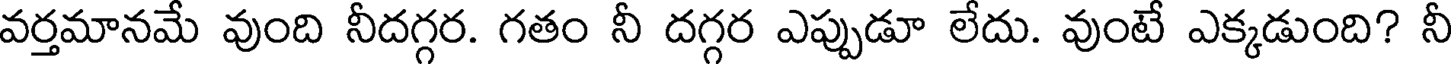
వర్తమానమే వుంది నీదగ్గర. గతం నీ దగ్గర ఎప్పుడూ లేదు. వుంటే ఎక్కడుంది? నీ